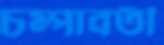
চম্পাবতী